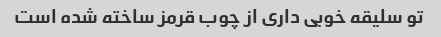
تو سلیقه خوبی داری از چوب قرمز ساخته شده است